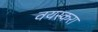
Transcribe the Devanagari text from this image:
वयस्करा